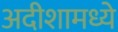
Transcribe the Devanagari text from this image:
अदीशामध्ये